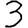
Digit: 3